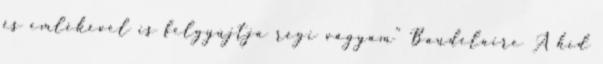
és emlékével is felgyújtja régi vágyam” Baudelaire A híd